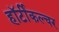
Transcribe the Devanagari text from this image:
हॉर्टीकल्चर